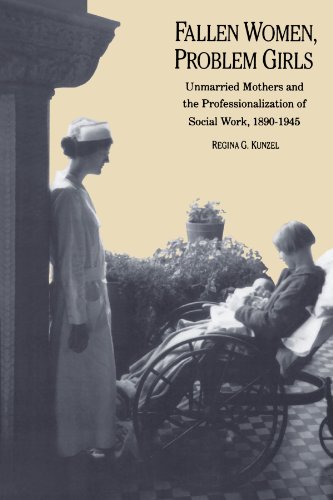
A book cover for Fallen Women, Problem Girls: Unmarried Mothers and the Professionalization of Social Work, 1890-1945 (Yale Historical Publications Series); Regina G. Kunzel; Parenting & Relationships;